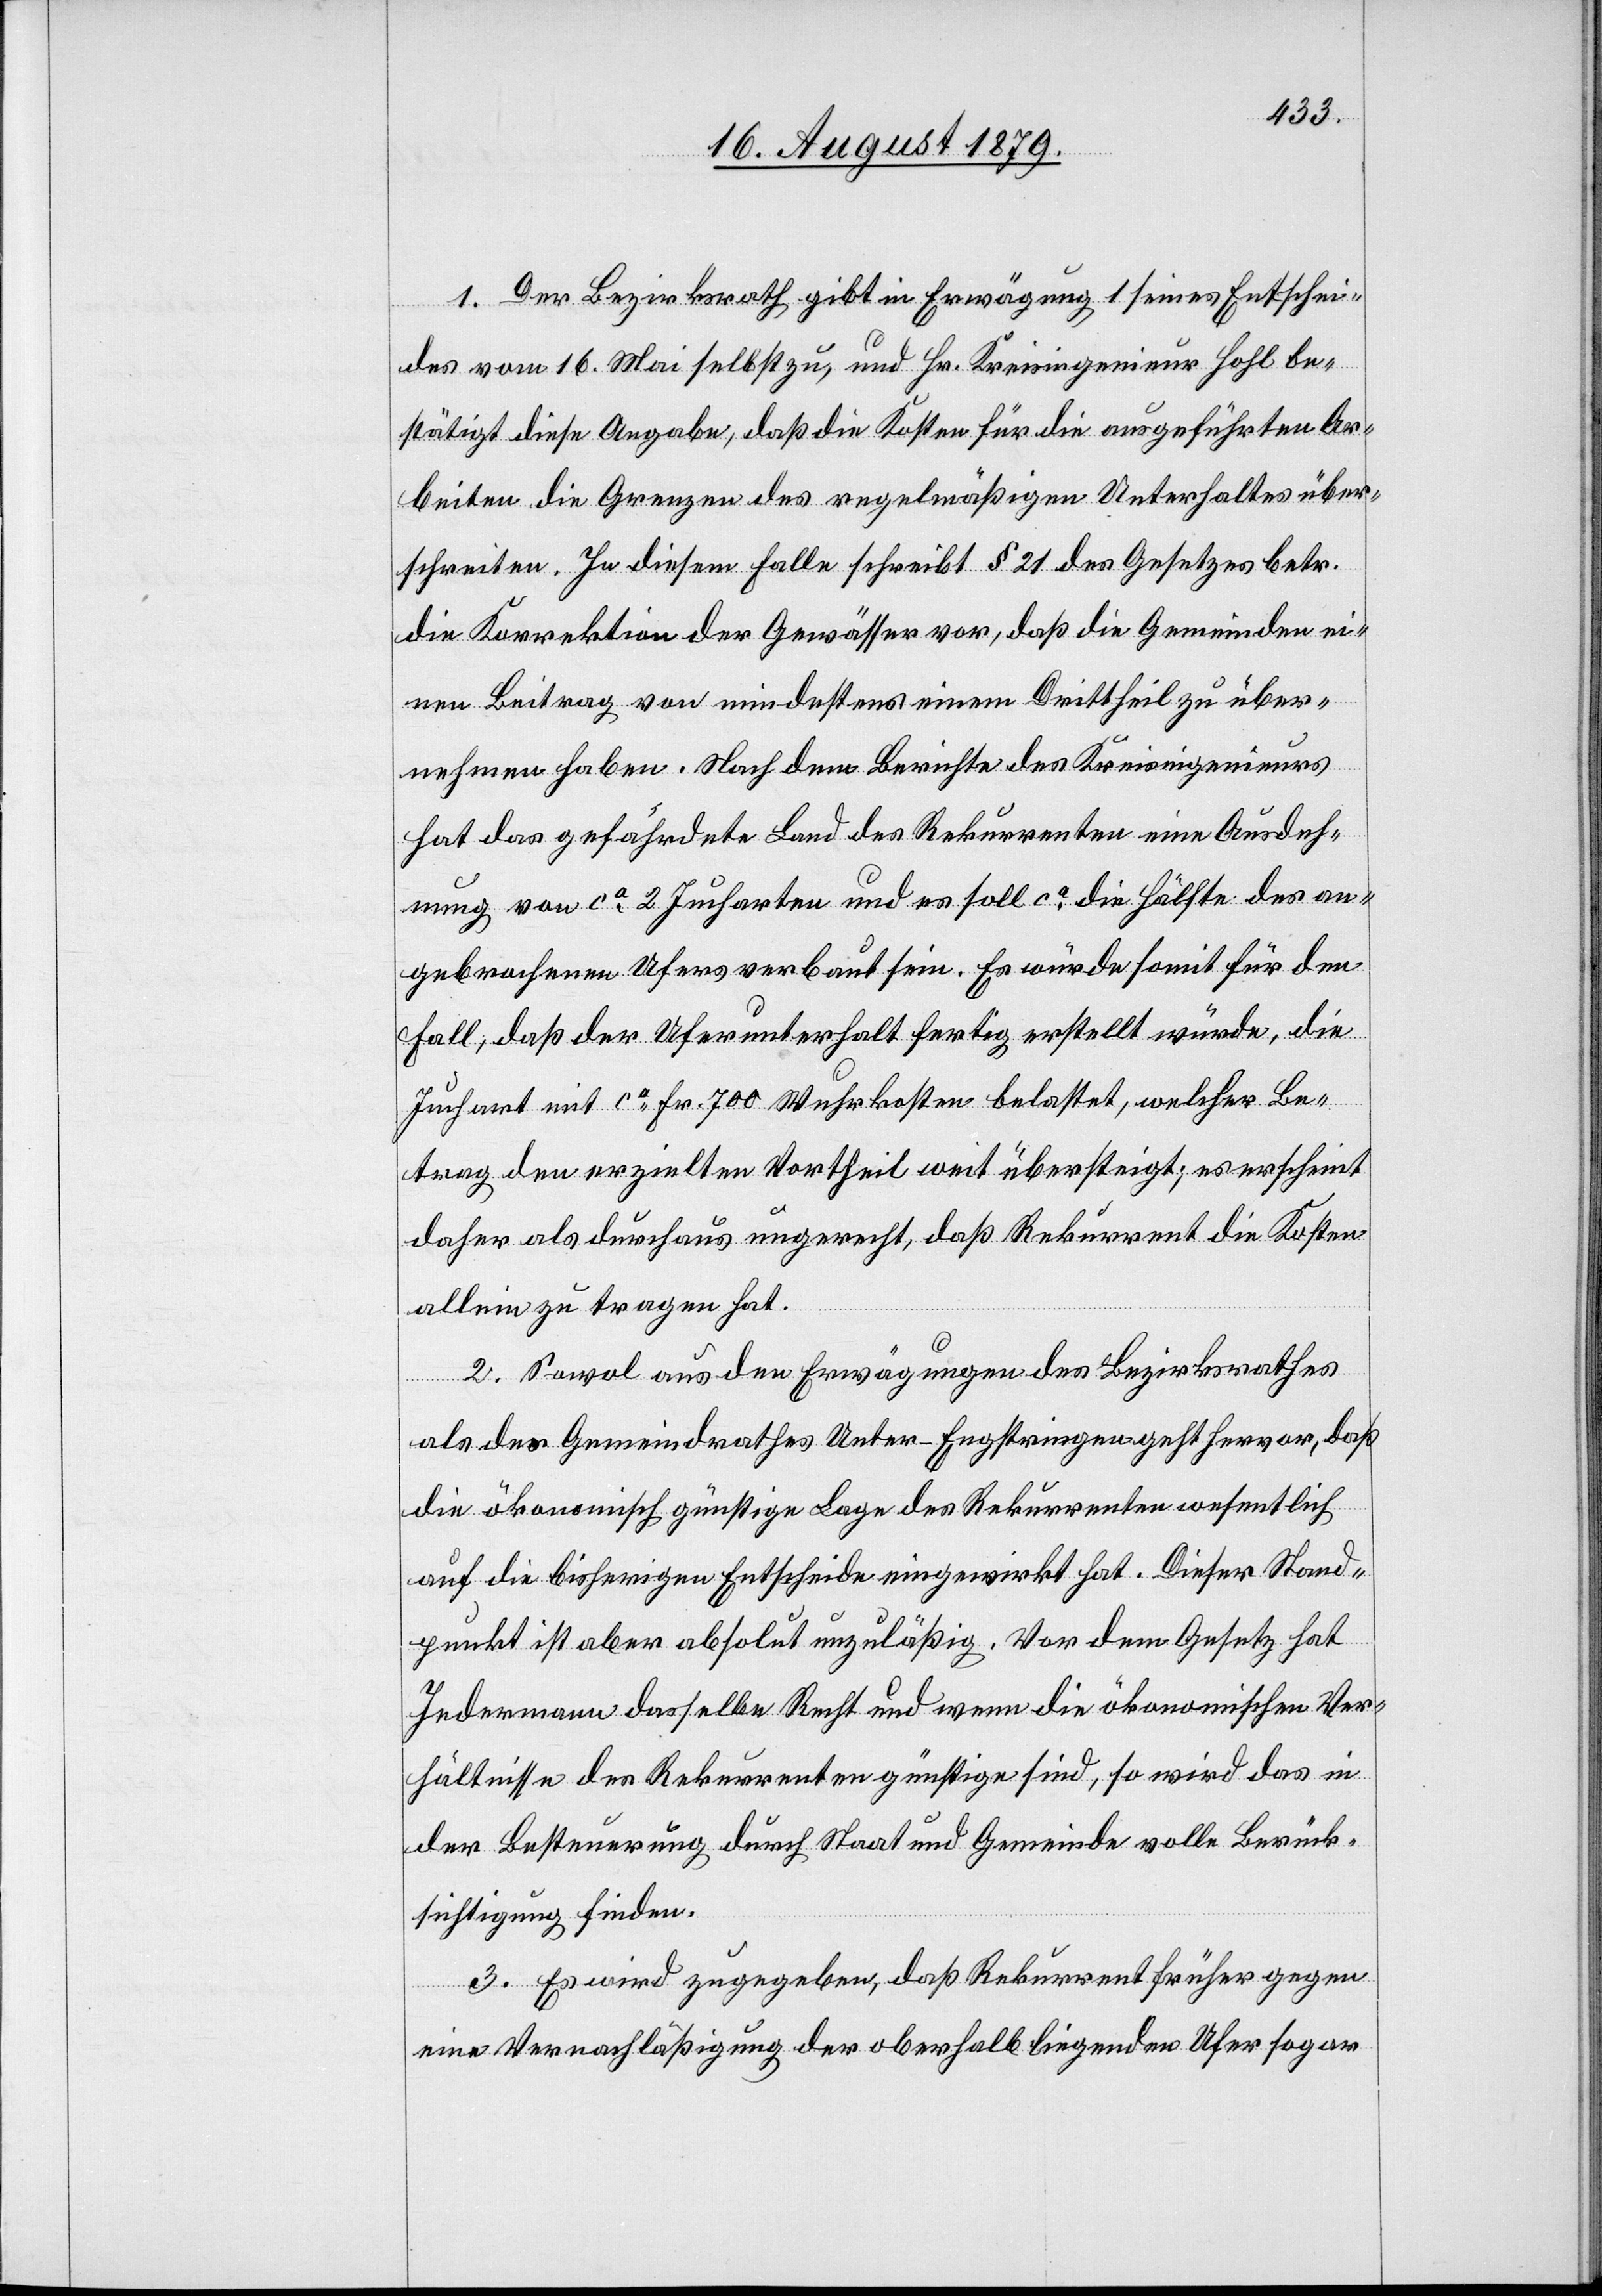
1. Der Bezirksrath gibt in Erwägung 1 seines Entschei¬
des vom 16. Mai selbst zu, und Hr. Kreisingenieur Hohl be¬
stätigt diese Ausgabe, daß die Kosten für die ausgeführten Ar¬
beiten die Grenzen des regelmäßigen Unterhaltes über¬
schreiten. In diesem Falle schreibt § 21 des Gesetzes betr.
die Korrektion der Gewässer vor, daß die Gemeinden ei¬
nen Beitrag von mindestens einem Drittheil zu über¬
nehmen habe. Nach dem Berichte des Kreisingenieurs
hat das gefährdete Land des Rekurrenten eine Ausdeh¬
nung von ca 2 Jucharten und es soll ca die Hälfte des an¬
gebrochenen Ufers verbaut sein. Es würde somit für den
Fall, daß der Uferunterhalt fertig erstellt würde, die
Juchart mit ca Fr. 700 Wuhrkosten belastet, welcher Be¬
trag den erzielten Vortheil weit übersteigt; es erscheint
daher als durchaus ungerecht, daß Rekurrent die Kosten
allein zu tragen hat.
2. Sowol aus den Erwägungen des Bezirksrathes
als des Gemeindrathes Unter-Engstringen geht hervor, daß
die ökonomisch günstige Lage des Rekurrenten wesentlich
auf die bisherigen Entscheide eingewirkt hat. Dieser Stand¬
punkt ist aber absolut unzuläßig. Vor dem Gesetz hat
Jedermann dasselbe Recht und wenn die ökonomischen Ver¬
hältnisse des Rekurrenten günstige sind, so wird das in
der Besteuerung durch Staat und Gemeinde volle Berück¬
sichtigung finden.
3. Es wird zugegeben, daß Rekurrent früher gegen
eine Vernachlässigung der oberhalb liegenden Ufer sogar